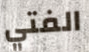
الفتي